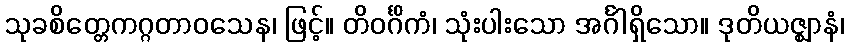
သုခစိတ္တေကဂ္ဂတာဝသေန၊ ဖြင့်။ တိဝင်္ဂိကံ၊ သုံးပါးသော အင်္ဂါရှိသော။ ဒုတိယဇ္ဈာနံ၊